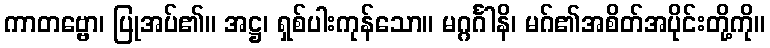
ကာတဗ္ဗော၊ ပြုအပ်၏။ အဋ္ဌ၊ ရှစ်ပါးကုန်သော။ မဂ္ဂင်္ဂါနိ၊ မဂ်၏အစိတ်အပိုင်းတို့ကို။